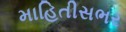
માહિતીસભર